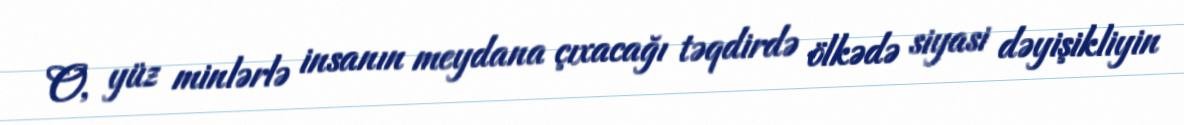
O, yüz minlərlə insanın meydana çıxacağı təqdirdə ölkədə siyasi dəyişikliyin